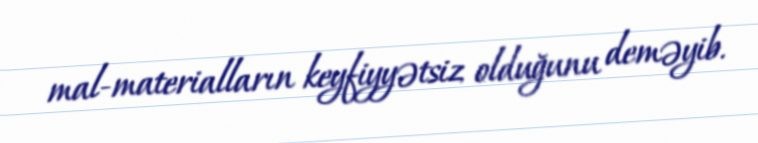
mal-materialların keyfiyyətsiz olduğunu deməyib.